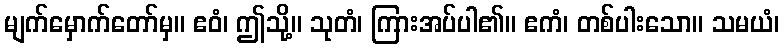
မျက်မှောက်တော်မှ။ ဧဝံ၊ ဤသို့။ သုတံ၊ ကြားအပ်ပါ၏။ ဧကံ၊ တစ်ပါးသော။ သမယံ၊